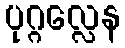
ပုဂ္ဂလ္လေန